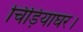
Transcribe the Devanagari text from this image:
चिड़ियाघर।